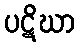
ပဋိဃာ